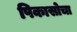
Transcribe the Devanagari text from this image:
पिकासोचा